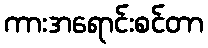
ကားအရောင်းစင်တာ